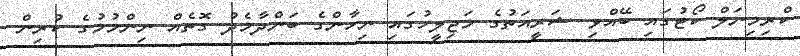
ކްރިމިނަލް ކޯޓުގައި ބޭއްވި ޝަރީއަތުގެ މަޖިލީހުގައި ނިހާންގެ ބަންދާމެދު ގޮތެއް ނިންމުމުގެ ކުރިން